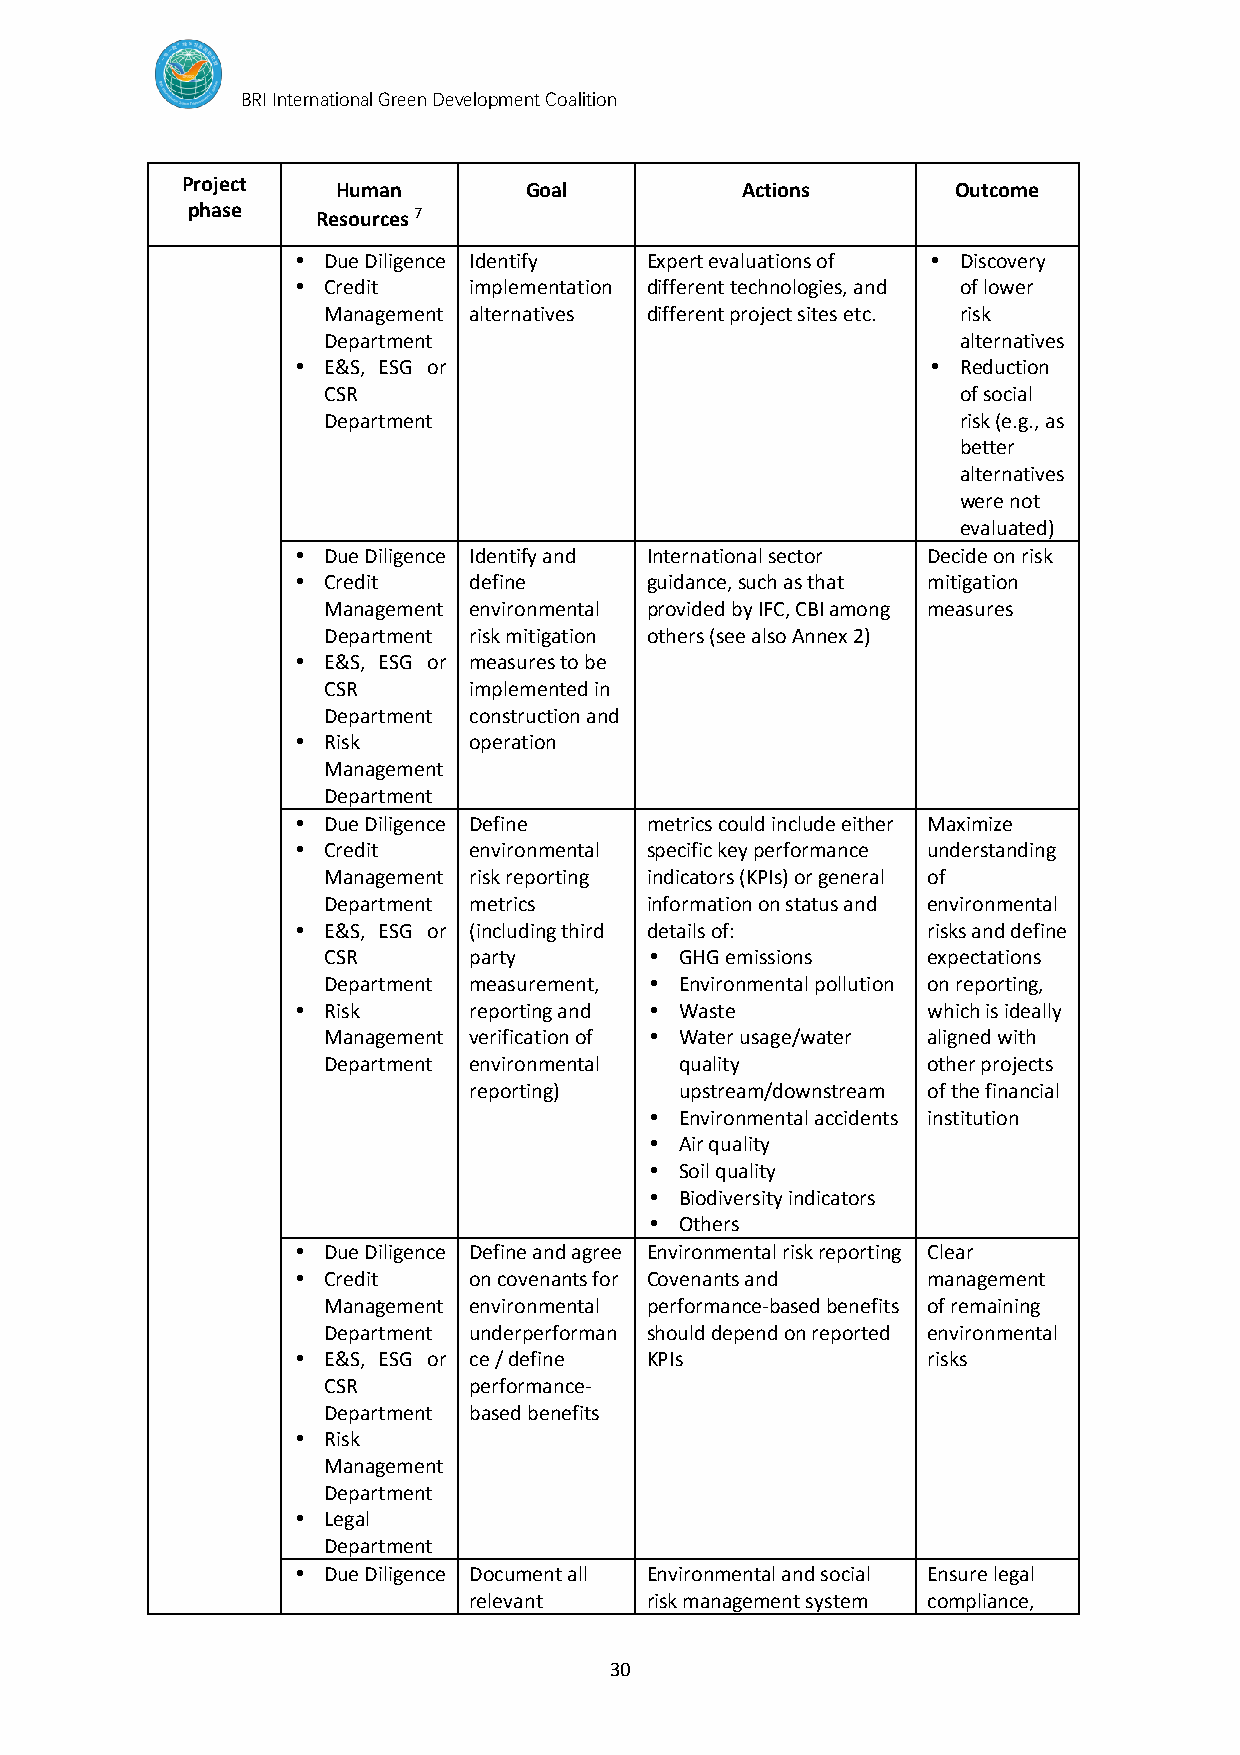
BRI International Green Development Coalition
 Project   Human        Goal          Actions       Outcome
 phase    Resources 7
  Due Diligence Identify Expert evaluations of  Discovery
  Credit   implementation different technologies, and of lower
 Management alternatives different project sites etc. risk
 Department                                 alternatives
  E&S, ESG or                              Reduction
 CSR                                        of social
 Department                                 risk (e.g., as
 better
 alternatives
 were not
 evaluated)
  Due Diligence Identify and International sector Decide on risk
  Credit   define      guidance, such as that mitigation
 Management environmental provided by IFC, CBI among measures
 Department risk mitigation others (see also Annex 2)
  E&S, ESG or measures to be
 CSR       implemented in
 Department construction and
  Risk     operation
 Management
 Department
  Due Diligence Define metrics could include either Maximize
  Credit   environmental specific key performance understanding
 Management risk reporting indicators (KPIs) or general of
 Department metrics    information on status and environmental
  E&S, ESG or (including third details of: risks and define
 CSR       party        GHG emissions   expectations
 Department measurement,  Environmental pollution on reporting,
  Risk     reporting and  Waste         which is ideally
 Management verification of  Water usage/water aligned with
 Department environmental quality        other projects
 reporting)    upstream/downstream of the financial
  Environmental accidents institution
  Air quality
  Soil quality
  Biodiversity indicators
  Others
  Due Diligence Define and agree Environmental risk reporting Clear
  Credit   on covenants for Covenants and management
 Management environmental performance-based benefits of remaining
 Department underperforman should depend on reported environmental
  E&S, ESG or ce / define KPIs           risks
 CSR       performance-
 Department based benefits
  Risk
 Management
 Department
  Legal
 Department
  Due Diligence Document all Environmental and social Ensure legal
 relevant    risk management system compliance,
 30